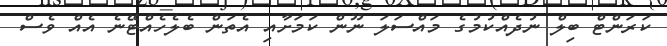
ކަރަންޓް ބިލް ނުދެއްކުމުގެ މައްސަލަ ނޫން ކަމަށާއި އެތަން ބެލެހެއްޓޭނެ އެއް ވެސް